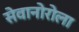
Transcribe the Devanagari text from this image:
सेवानोरोला